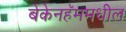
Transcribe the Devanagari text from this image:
बेकेनहॅममधील